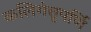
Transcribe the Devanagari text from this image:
कलिगंत्तुपर्णि